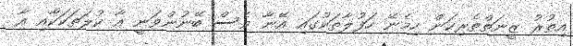
އިތުރު ޒީނަތްތެރިކަން ހިމެނޭ ހަފުލާތަކުގައި އޭނާ ވެސް ބޭނުންވަނީ އާ ކުލަތަކަކާއި އާ